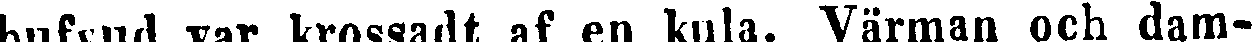
hufvud var krossadt af en kula. Värman och dam-